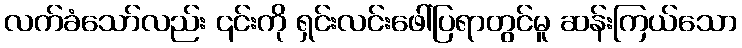
လက်ခံသော်လည်း ၎င်းကို ရှင်းလင်းဖေါ်ပြရာတွင်မူ ဆန်းကြယ်သော